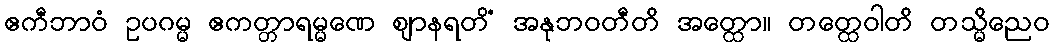
ဧကီဘာဝံ ဥပဂမ္မ ဧကတ္တာရမ္မဏေ ဈာနရတိံ အနုဘဝတီတိ အတ္ထော။ တတ္ထေဝါတိ တသ္မိညေဝ